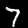
Digit: 7